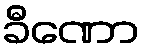
ခီဏော